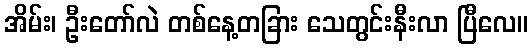
အိမ်း၊ ဦးတော်လဲ တစ်နေ့တခြား သေတွင်းနီးလာ ပြီလေ။